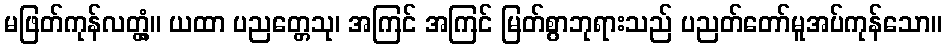
မဖြတ်ကုန်လတ္တံ့။ ယထာ ပညတ္တေသု၊ အကြင် အကြင် မြတ်စွာဘုရားသည် ပညတ်တော်မူအပ်ကုန်သော။